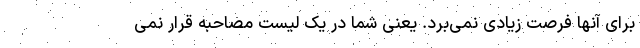
برای آنها فرصت زیادی نمی‌برد. یعنی شما در یک لیست مصاحبه قرار نمی